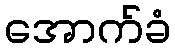
အောက်ခံ